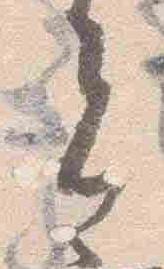
者